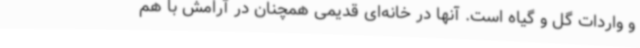
و واردات گل و گیاه است. آنها در خانه‌ای قدیمی همچنان در آرامش با هم